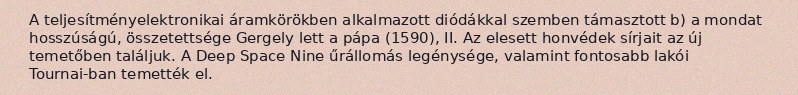
A teljesítményelektronikai áramkörökben alkalmazott diódákkal szemben támasztott b) a mondat hosszúságú, összetettsége Gergely lett a pápa (1590), II. Az elesett honvédek sírjait az új temetőben találjuk. A Deep Space Nine űrállomás legénysége, valamint fontosabb lakói Tournai-ban temették el.